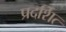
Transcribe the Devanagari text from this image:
प्रदर्शित्‍